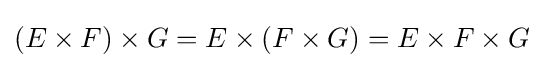
(E\times F)\times G=E\times (F\times G)=E\times F\times G